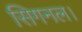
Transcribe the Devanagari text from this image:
सिगनल।